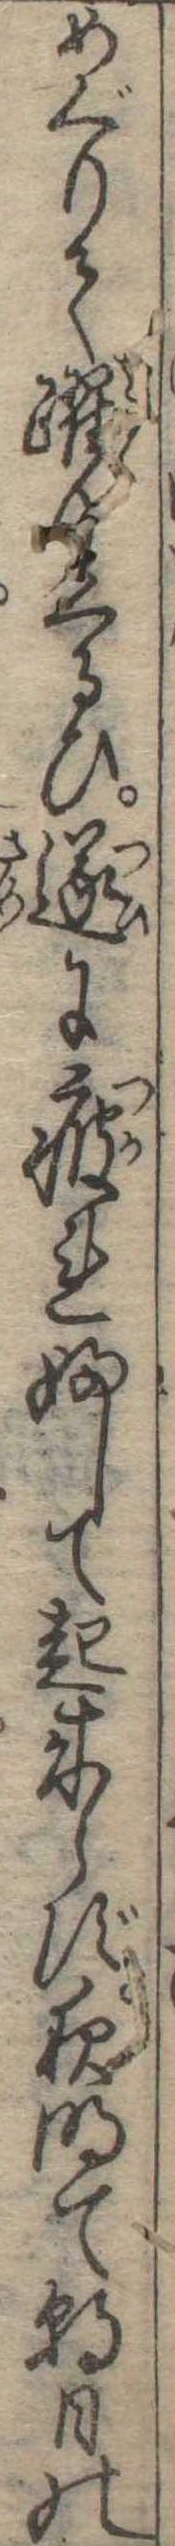
めぐりて躍りくるひ遂に疲れふして起来らず夜明て朝日の